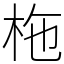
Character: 柂